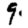
Digit: 9